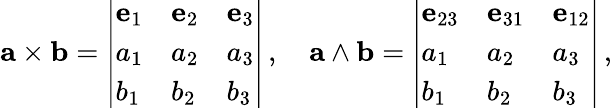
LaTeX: \mathbf{a}\times\mathbf{b}={\left|\begin{array}{lll}{\mathbf{e}_{1}}&{\mathbf{e}_{2}}&{\mathbf{e}_{3}}\\ {a_{1}}&{a_{2}}&{a_{3}}\\ {b_{1}}&{b_{2}}&{b_{3}}\end{array}\right|}\, ,\quad\mathbf{a}\wedge\mathbf{b}={\left|\begin{array}{lll}{\mathbf{e}_{23}}&{\mathbf{e}_{31}}&{\mathbf{e}_{12}}\\ {a_{1}}&{a_{2}}&{a_{3}}\\ {b_{1}}&{b_{2}}&{b_{3}}\end{array}\right|}\, ,